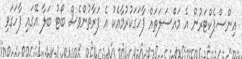
އިންސްޕެކްޓަރުން އެ މައްސަލަތައް ފާހަގަކުރުމާއެކު އެ ފަރާތުންވެސް ބޯޓު ބަލާ އޭގައި ފާހަގަވި